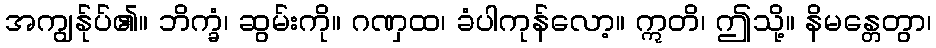
အကျွန်ုပ်၏။ ဘိက္ခံ၊ ဆွမ်းကို။ ဂဏှထ၊ ခံပါကုန်လော့။ ဣတိ၊ ဤသို့။ နိမန္တေတွာ၊